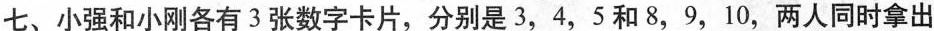
七、小强和小刚各有3张数字卡片，分别是3，4，5和8，9，10，两人同时拿出